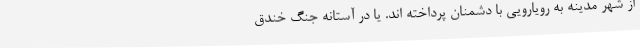
از شهر مدینه به رویارویی با دشمنان پرداخته اند. یا در آستانه جنگ خندق